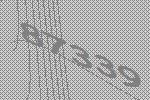
87339